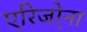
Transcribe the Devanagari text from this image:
एरिजो़ना